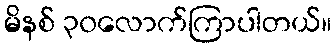
မိနစ် ၃၀လောက်ကြာပါတယ်။